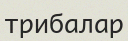
трибалар